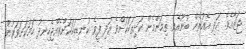
ޖަޒާއެވެ. އަދި އެއުރެން ބުނޫއެވެ. ތިމަންމެން ކަށިތަކަކަށްވެ އަދި ފީވެ ކުނޑިތަކަކަށްވެއްޖެހިނދު ހަމަކަށަވަރުން